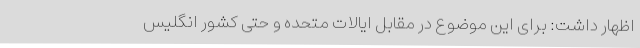
اظهار داشت: برای این موضوع در مقابل ایالات متحده و حتی کشور انگلیس